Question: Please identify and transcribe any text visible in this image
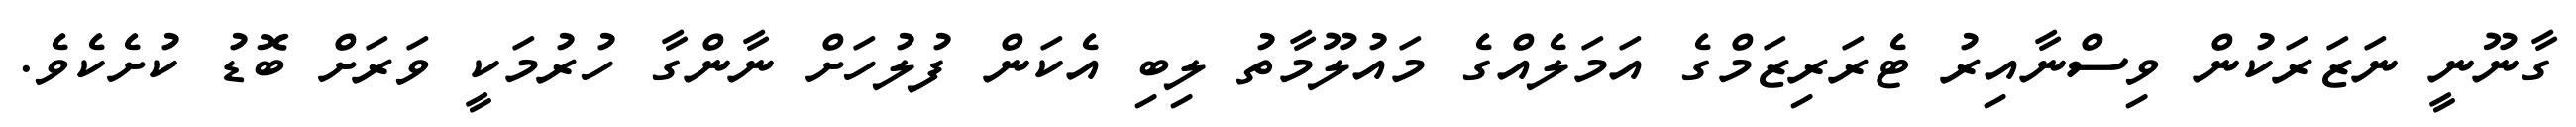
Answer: ގާނޫނީ ނަޒަރަކުން ވިސްނާއިރު ޓެރަރިޒަމްގެ އަމަލެއްގެ މައުލޫމާތު ލިބި އެކަން ފުލުހަށް ނާންގާ ހުރުމަކީ ވަރަށް ބޮޑު ކުށެކެވެ.